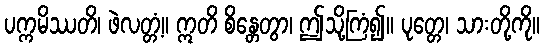
ပက္ကမိဿတိ၊ ဖဲလတ္တံ့။ ဣတိ စိန္တေတွာ၊ ဤသို့ကြံ၍။ ပုတ္တေ၊ သားတို့ကို။